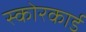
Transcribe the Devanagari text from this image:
स्‍कोरकार्ड